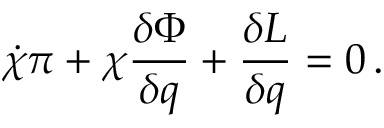
\dot { \chi } \pi + \chi { \frac { \delta \Phi } { \delta q } } + { \frac { \delta L } { \delta q } } = 0 \, .